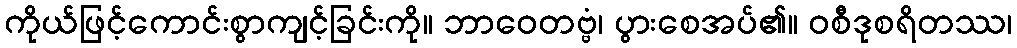
ကိုယ်ဖြင့်ကောင်းစွာကျင့်ခြင်းကို။ ဘာဝေတဗ္ဗံ၊ ပွားစေအပ်၏။ ဝစီဒုစရိတဿ၊